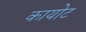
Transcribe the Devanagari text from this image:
कायोट